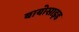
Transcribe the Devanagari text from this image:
बायोसाइड